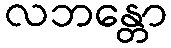
လဘန္တော